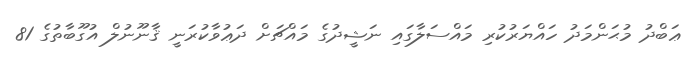
ޢަބްދު މުޙަންމަދު ހައްޔަރުކުރި މައްސަލާގައި ނަޝީދުގެ މައްޗަށް ދަޢުވާކުރަނީ ޤާނޫނުލް އުގޫބާތުގެ 81